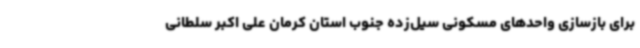
برای بازسازی واحدهای مسکونی سیل‌زده جنوب استان کرمان علی اکبر سلطانی